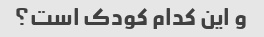
و این کدام کودک است؟